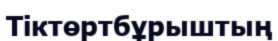
Тіктөртбұрыштың